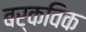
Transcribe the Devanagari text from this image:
बर्कविक